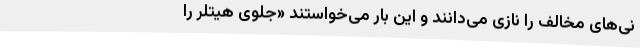
نی‌های مخالف را نازی می‌دانند و این بار می‌خواستند «جلوی هیتلر را